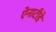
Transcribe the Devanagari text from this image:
ऐनाटीडे